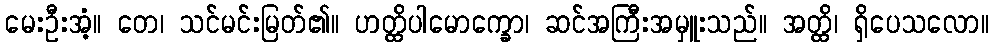
မေးဦးအံ့။ တေ၊ သင်မင်းမြတ်၏။ ဟတ္ထိပါမောက္ခော၊ ဆင်အကြီးအမှူးသည်။ အတ္ထိ၊ ရှိပေသလော။